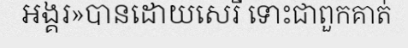
អង្គរ»បានដោយសេរី ទោះជាពួកគាត់